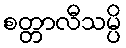
စတ္တာလီသမ္ပိ